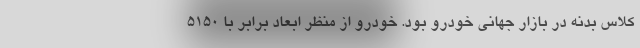
کلاس بدنه در بازار جهانی خودرو بود. خودرو از منظر ابعاد برابر با 5150